King Institute of Preventive Medicine Micro-Biological Section reports 1909-11
Year: 1909
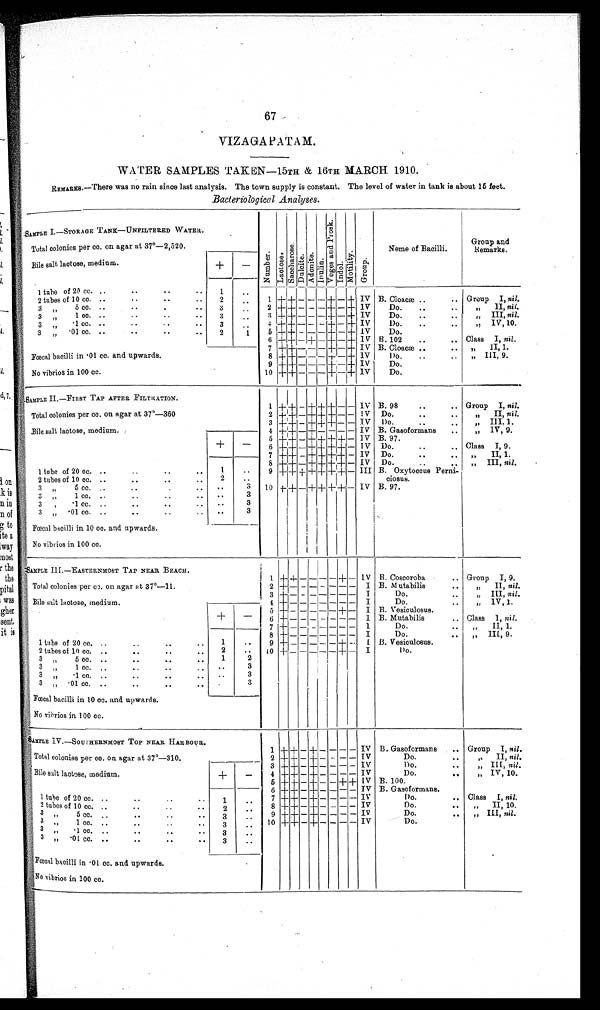
67
VIZAGAPATAM.
WATER SAMPLES TAKEN—15TH & 16TH MARCH 1910.
REMARKS.—There was no rain since last analysis. The town supply is constant. The level of water in tank is about 15 feet.
Bacteriological Analyses.
SAMPLE I.—STORAGE TANK—UNFILTERED WATER.
Number.Lact ose.Sacchar ose.Dul ci t e.Adoni te.I nul i n. V o g e s a n d P r o s k .
Indol.Mot i l i t yGroup.
Neme of Bacilli.
Group and
Remarks.
Total colonies per cc. on agar at 37°—2,520.
Bile salt lactose, medium.
+
-
1 tube of 20 cc.
1
1
+ +
- - -
+
-
+
IV
B.Cloacæ
Group I, nill.
2 tubes of 10 cc.
2
2
+ +
- - -
+
-
+
IV
Do.
„ II,nill.
3 „ 5 cc.
3
3
+ +
- - -
+
-
+
IV
Do.
„ III, nil.
3 „ 1 cc.
3
4
+ +
- - -
+
-
+
IV
Do.
„ IV, 10.
3 „ · 1 c c .
3
5
+ +
- - -
+
-
+
IV
Do.
3 „ · 0 1 c c .
2
1
6
+ +
-
+
-
+
-
+
IV B. 102
Class I, nil.
7
+ +
- - -
+
-
+
IV B. Cloacæ
„ II, 1.
Fœcal bacilli in ·01 cc. and upwards.
8
+ +
- - -
+
-
+
IV
Do.
„ III, 9.
9
+ +
- - -
+
-
+
IV
Do.
No vibrios in 100 cc.
10
+ +
- - -
+
-
+
IV
Do.
SAMP LE II.—FIRST TAP AFTER FILTRATION.
1
+ +
-
+ + +
- -
I V
B. 98
Group I, nil.
1
+
-1
++--1- -
++ -
+I- + -
-- IV B. 9
..
.. G roup I, nil.
Total colonies per cc. on agar at 37˚—360
+
-
2
+ +
-
+ + +
- -
IV Do.
„ II, nil.
3
+ +
-
+ + +
- -
IV Do.
,, III. 1.
Bile salt lactose, medium.
4
+ +
-
+
- - - -
IV B. Gasoformans
„ IV, 9.
5
+ +
-
+ + + +
-
IV B. 97.
6
+ +
-
+ + + +
-
IV Do.
Class I, 9.
1 tube of 20 cc.
1
7
+ +
-
+ + + +
-
IV Do.
„ II, 1.
8
+ +
-
+ + + +
-
IV Do.
„ III, nil.
9
+ + + + + + +
-
III B. Oxytoccus Perni-
ciosus.
2 tubes of 10 cc.
3 „ 5 cc.
2
1 0
+ +
-
+ + + +
-
I V B. 97.
3 „ 1 cc.
3
3 „ ·1 cc.
3
3 „ ·01 cc.
3
Fœcal bacilli in 10 cc. and upwards.
3
No vibrios in 100 cc.
SAMPLE III.—EASTERNMOST TAP NEAR BEACH.
1
+ +
- - - -
+
-
IV B. Coscoroba
Group I, 9.
Total colonies per cc. on agar at 37°—11.
+
-
2
+
- - - - - - -
I B. Mutabilis
„ II nil.
Bile salt lactose, medium.
3
+
- - - - - - -
I
Do.
„ III, nil.
4 +
- - - - - - -
I
Do.
„ IV, 1.
5 +
- - - - -
+
-
I B. Vesiculosus.
6
+
- - - - - - -
I B. Mutabilis
Class I, nil.
1 tube of 20 cc.
1
7
+
- - - - - - -
I
Do.
,, II, 1.
8
+
- - - - - - -
I
Do.
„ III, 9.
9
+
- - - - -
+
-
I B. Vesiculosus.
2 tubes ot 10 cc.
2
1 0
+
- - - - -
+
-
I
Do.
3 „ 5 cc.
1
2
3 „ 1 cc.
3
3 „ ·1 cc.
3
3 „ ·01 cc.
3
Fœcal bacilli in 10 cc. and upwards.
No vibrios in 100 cc.
SAMPLE IV.—SOUTHERNMOST TOP NEAR HARBOUR.
1
+ +
-
+
- - - -
IV
B. Gasoformans
Group I, nil.
Total colonies per cc. on agar at 37°—310.
+
-
2
+ +
-
+
- - - -
IV
Do.
,, II nil.
3
+ +
-
+
- - - -
IV
Do.
„ III, nil.
Bile salt lactose, medium.
4
+ +
-
+
- - - -
IV
Do.
„ IV, 10.
5
+ +
-
+
- -
+ +
IV
B. 100.
1 tube of 20 cc.
1
6
+ +
-
+
- - - -
IV
B. Gasoformans.
7
+ +
-
+
- - - -
IV
Do.
Class I, nil.
2 tubes of 10 cc.
2
8
+ +
-
+
- - - -
IV
Do.
„ II, 10.
3 „ 5 cc.
3
9
+ +
-
+
- - - -
IV
Do.
„ III, nil.
3 „ 1 c c .
3
10
+ +
-
+
- - - -
IV
Do.
3 „ ·1 cc.
3
3 „ · 0 1 c c .
3
Fœcal bacilli in ·01 cc. and upwards.
No vibrios in 100 cc.